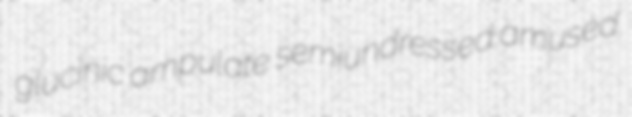
glucinic ampulate semiundressed amused